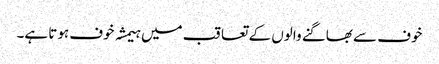
خوف سے بھاگنے والوں کے تعاقب میں ہیمشہ خوف ہوتا ہے۔